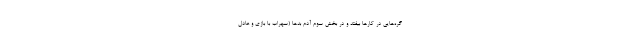
گره‌هایی در کارها بیفتد و در بخش سوم آدم بدها (سهراب با بازی و عادل